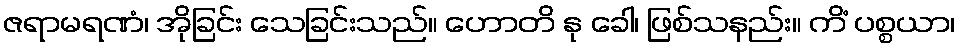
ဇရာမရဏံ၊ အိုခြင်း သေခြင်းသည်။ ဟောတိ နု ခေါ၊ ဖြစ်သနည်း။ ကိံ ပစ္စယာ၊